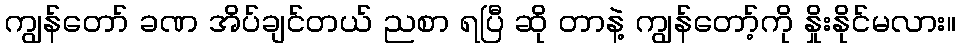
ကျွန်တော် ခဏ အိပ်ချင်တယ် ညစာ ရပြီ ဆို တာနဲ့ ကျွန်တော့်ကို နှိုးနိုင်မလား။